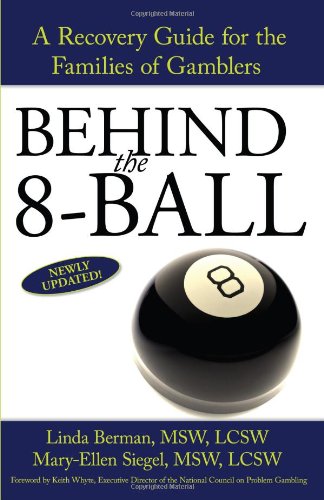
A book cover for BEHIND the 8-BALL: A Recovery Guide for the Families of Gamblers; Linda Berman; Health, Fitness & Dieting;